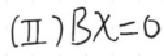
(Ⅱ)$B\boldsymbol{x}=0$